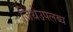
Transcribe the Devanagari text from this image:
जिथेउपलब्ध